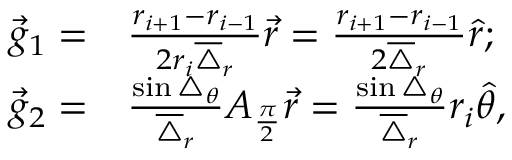
\begin{array} { r l } { \vec { g } _ { 1 } = } & { { } \frac { r _ { i + 1 } - r _ { i - 1 } } { 2 r _ { i } \overline { { \triangle } } _ { r } } \vec { r } = \frac { r _ { i + 1 } - r _ { i - 1 } } { 2 \overline { { \triangle } } _ { r } } \hat { r } ; } \\ { \vec { g } _ { 2 } = } & { { } \frac { \sin \triangle _ { \theta } } { \overline { { \triangle } } _ { r } } A _ { \frac { \pi } { 2 } } \vec { r } = \frac { \sin \triangle _ { \theta } } { \overline { { \triangle } } _ { r } } r _ { i } \hat { \theta } , } \end{array}